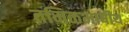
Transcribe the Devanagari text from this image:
तमिळभाषीय